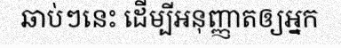
ឆាប់ៗនេះ ដើម្បីអនុញ្ញាតឲ្យអ្នក